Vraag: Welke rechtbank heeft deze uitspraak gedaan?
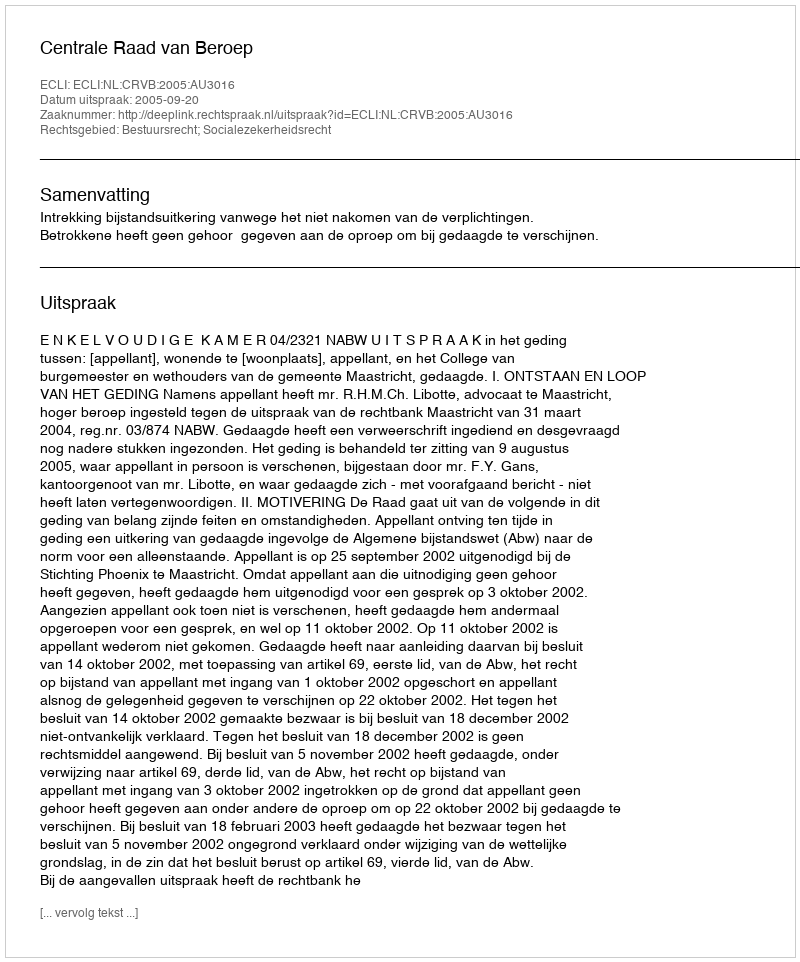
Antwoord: Centrale Raad van Beroep